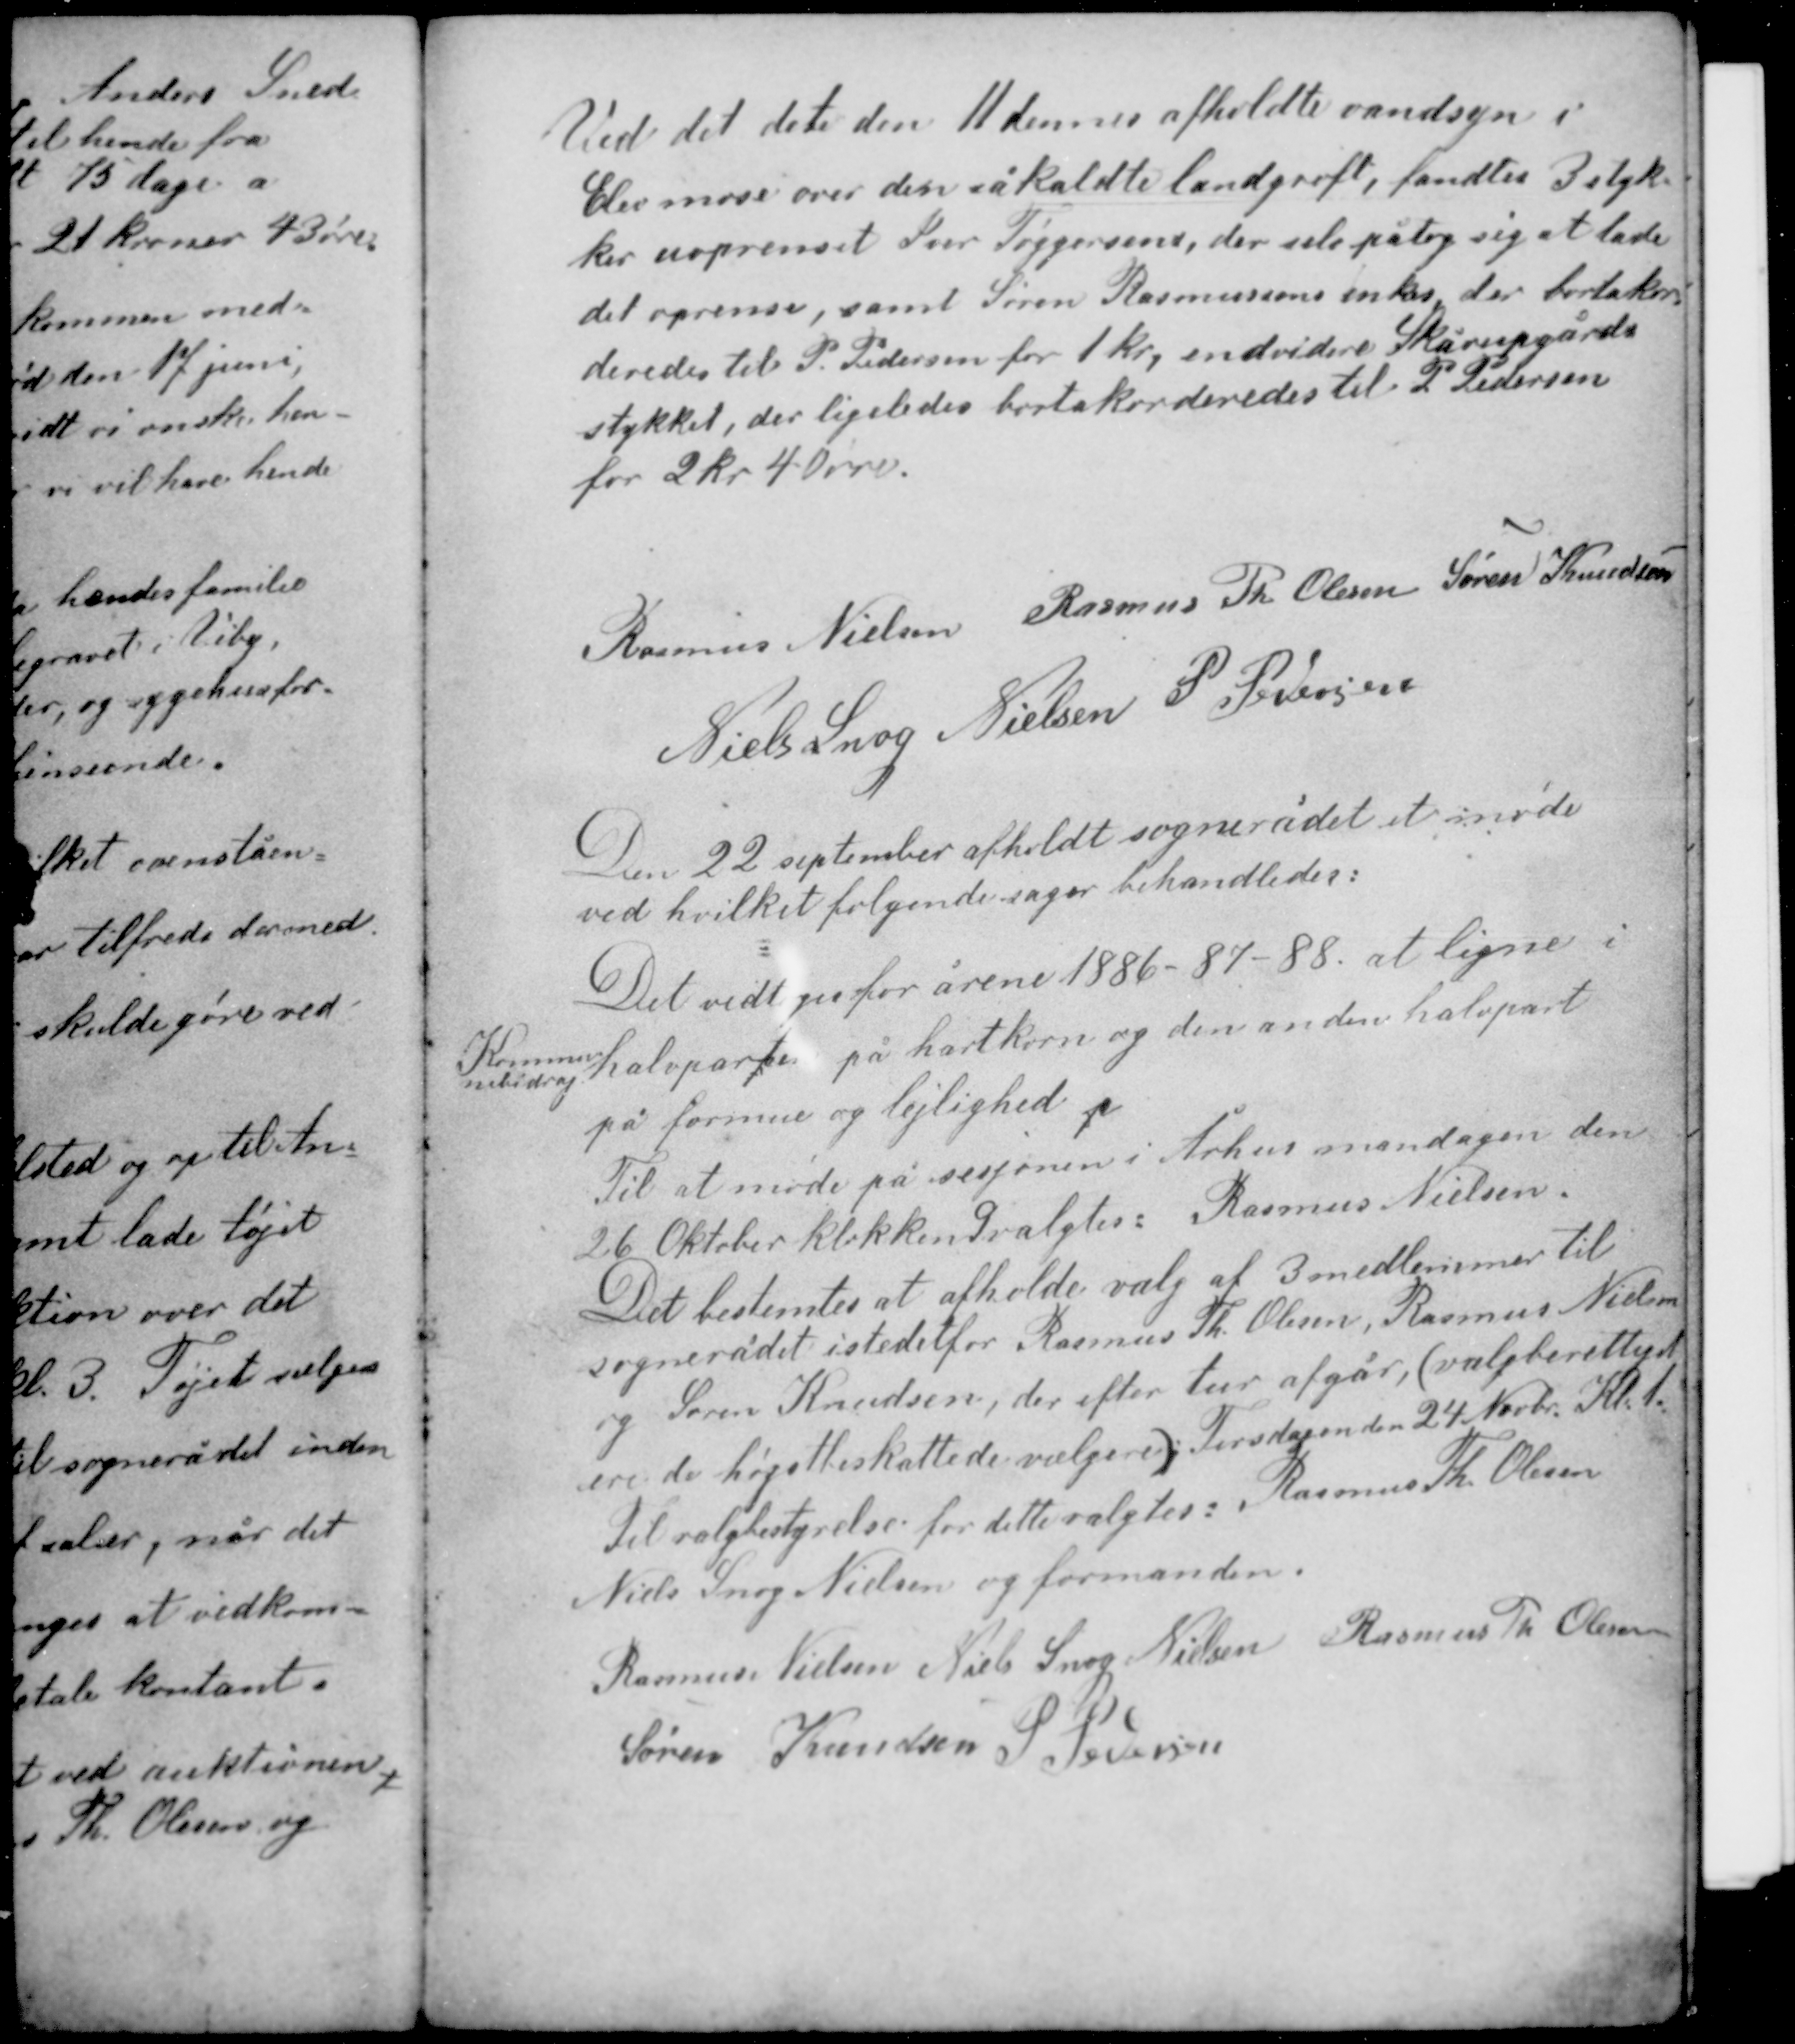
Transskription:
Ved det den 11 dennes afholdte vandsyn i
i Elev mose over den såkaldte landgrøft, fandtes 3 styk-
ker uoprenset Ivar Tøggersens, der selv påtog sig at lade
det oprense, samt Søren Rasmussens enkes, der bortakor-
deredes til P. Pedersen for 1 kr, endvidere Skårupgård-
stykket, der ligeledes bortakorderedes til P. Pedersen
for 2 kr 40 øre.

Rasmus Nielsen Rasmus Th Olesen Søren Knudsen
Niels Snog Nielsen P. Pedersen

Den 22 september afholdt sognerådet et møde
ved hvilket følgende sager behandledes:
Det vedtoges for årene 1886-87-88 at ligne i
nebidrag halvparten på hartkorn og den anden halvpart
Komm-
på formue og lejlighed.

Til at møde på sesjonen i Århus mandagen den
26 Oktober klokken 9 valgtes: Rasmus Nielsen.
Det bestemtes at afholde valg af 3 medlemmer til
sognerådet istedet for Rasmus Th Olesen, Rasmus Nielsen
og Søren Knudsen, der efter tur afgår, (valgberettiget
ere de højstbeskattede vælgere). Tirsdagen den 24 Novbr Kl. 1
Til valgbestyrelse for dette valgtes Rasmus Th Olesen
Niels Snog Nielsen og formanden.

Rasmus Nielsen Niels Snog Nielsen Rasmus Th Olesen
Søren Knudsen P. Pedersen